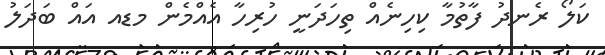
ކަލޯ ރެނދު ފާތުމާ ކިހިނެއް ތިހަދަނީ ހުރިހާ އެއްމެން މޑއ އައް ބަދަލު